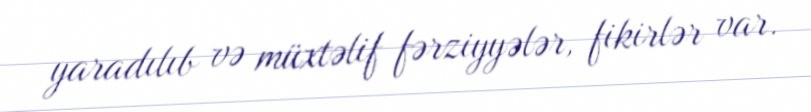
yaradılıb və müxtəlif fərziyyələr, fikirlər var.